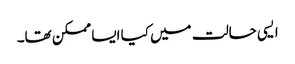
ایسی حالت میں کیا ایسا ممکن تھا۔